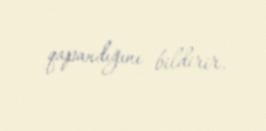
qapandığını bildirir.